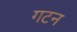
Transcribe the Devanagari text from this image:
गटन